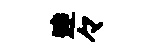
逹々